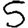
Digit: 5